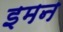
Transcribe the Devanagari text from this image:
इमन